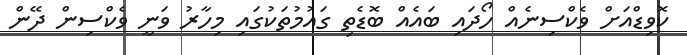
ކޮވިޑްއަށް ވެކްސިނެއް ހޯދައި ބައެއް ބޮޑެތި ގައުމުތަކުގައި މިހާރު ވަނީ ވެކްސިން ދޭން